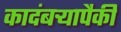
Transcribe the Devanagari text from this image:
कादंबऱ्यापैकी